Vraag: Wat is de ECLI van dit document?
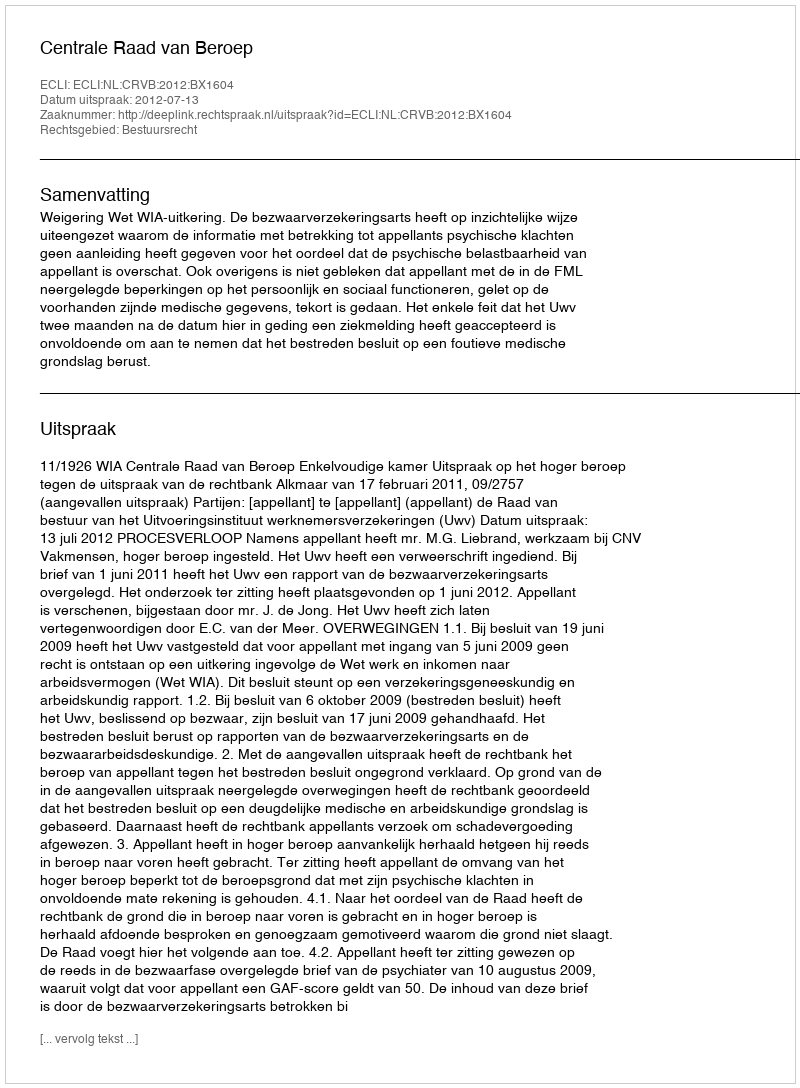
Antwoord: ECLI:NL:CRVB:2012:BX1604